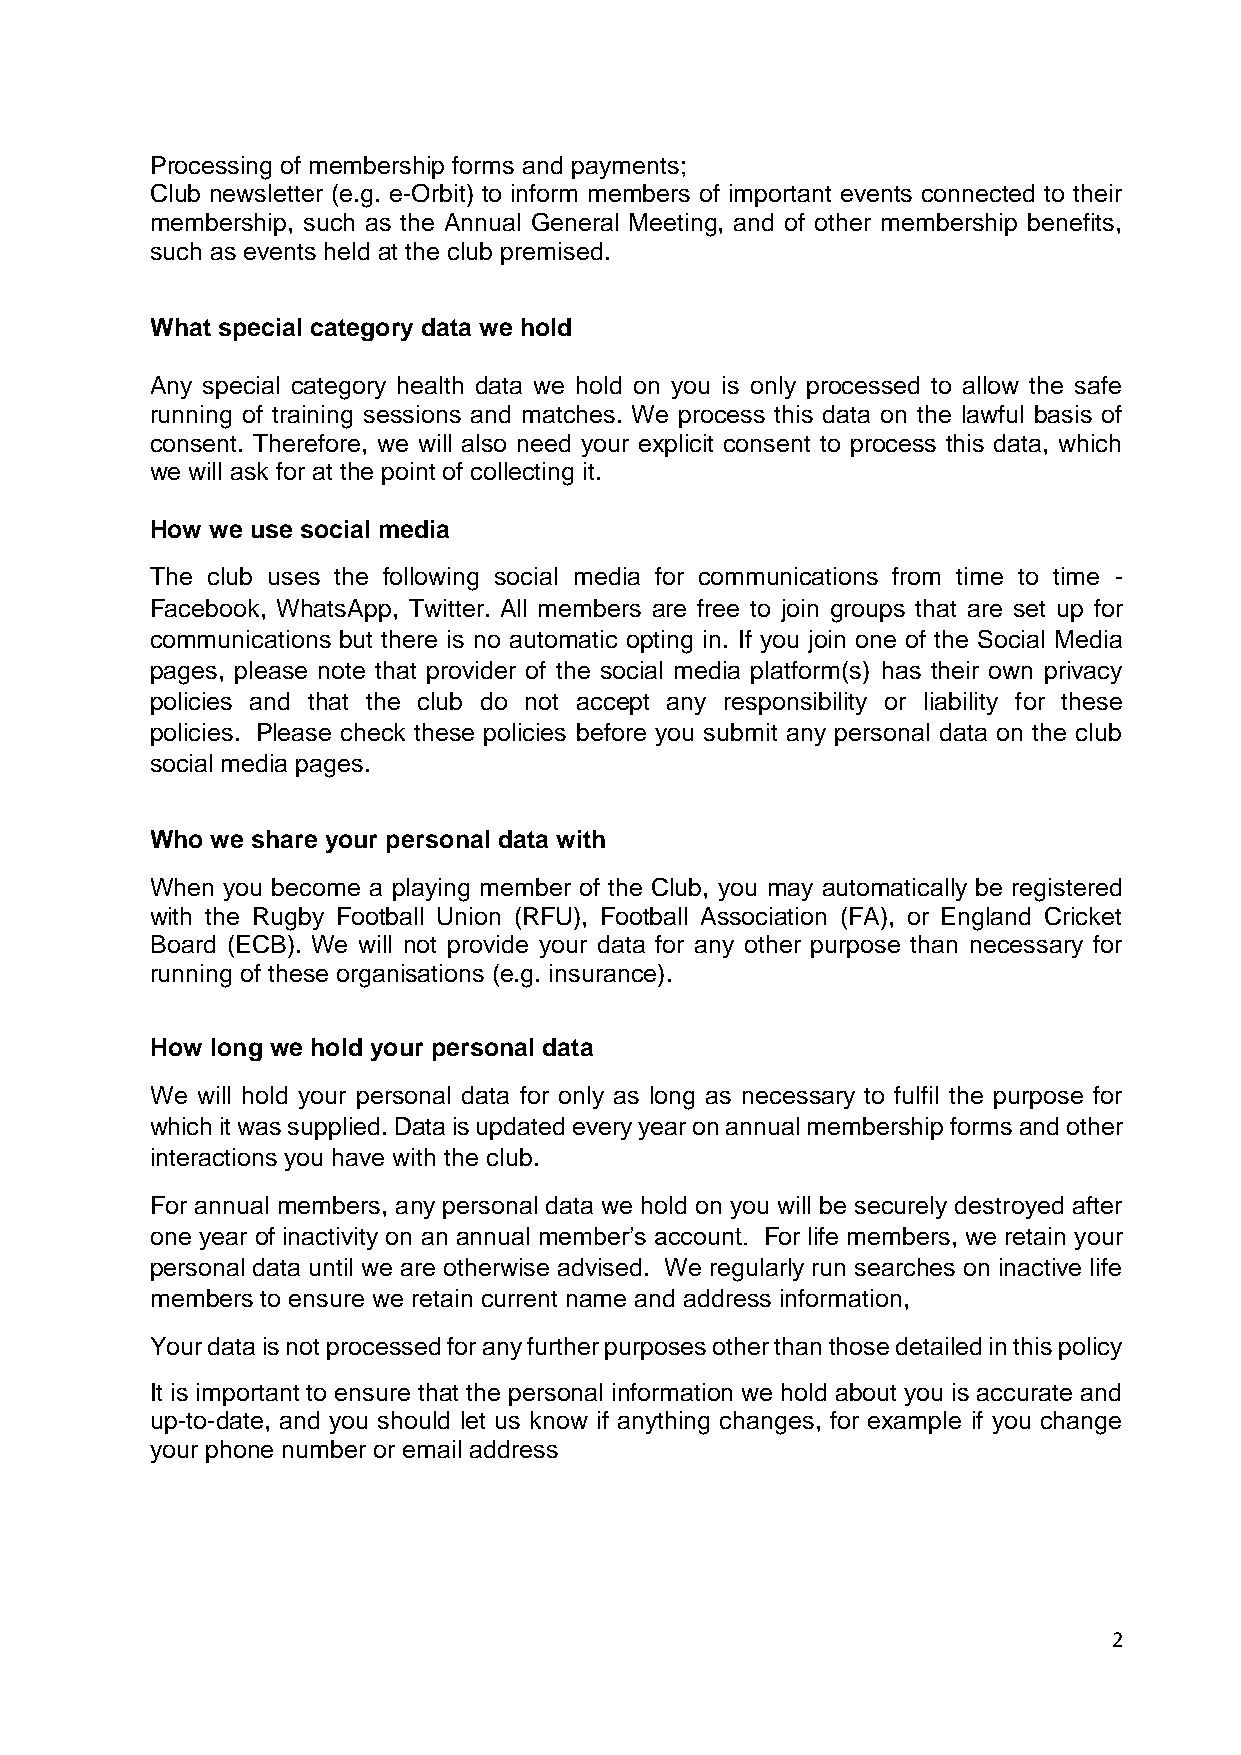
Processing of membership forms and payments;
 Club newsletter (e.g. e-Orbit) to inform members of important events connected to their
 membership, such as the Annual General Meeting, and of other membership benefits,
 such as events held at the club premised.
 What special category data we hold
 Any special category health data we hold on you is only processed to allow the safe
 running of training sessions and matches. We process this data on the lawful basis of
 consent. Therefore, we will also need your explicit consent to process this data, which
 we will ask for at the point of collecting it.
 How we use social media
 The club uses the following social media for communications from time to time -
 Facebook, WhatsApp, Twitter. All members are free to join groups that are set up for
 communications but there is no automatic opting in. If you join one of the Social Media
 pages, please note that provider of the social media platform(s) has their own privacy
 policies and that the club do not accept any responsibility or liability for these
 policies. Please check these policies before you submit any personal data on the club
 social media pages.
 Who we share your personal data with
 When you become a playing member of the Club, you may automatically be registered
 with the Rugby Football Union (RFU), Football Association (FA), or England Cricket
 Board (ECB). We will not provide your data for any other purpose than necessary for
 running of these organisations (e.g. insurance).
 How long we hold your personal data
 We will hold your personal data for only as long as necessary to fulfil the purpose for
 which it was supplied. Data is updated every year on annual membership forms and other
 interactions you have with the club.
 For annual members, any personal data we hold on you will be securely destroyed after
 one year of inactivity on an annual member’s account. For life members, we retain your
 personal data until we are otherwise advised. We regularly run searches on inactive life
 members to ensure we retain current name and address information,
 Your data is not processed for any further purposes other than those detailed in this policy
 It is important to ensure that the personal information we hold about you is accurate and
 up-to-date, and you should let us know if anything changes, for example if you change
 your phone number or email address
 2